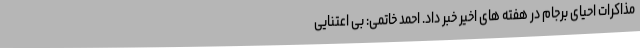
مذاکرات احیای برجام در هفته های اخیر خبر داد. احمد خاتمی: بی اعتنایی